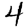
Digit: 4